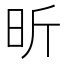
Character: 昕